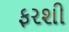
ફરશી